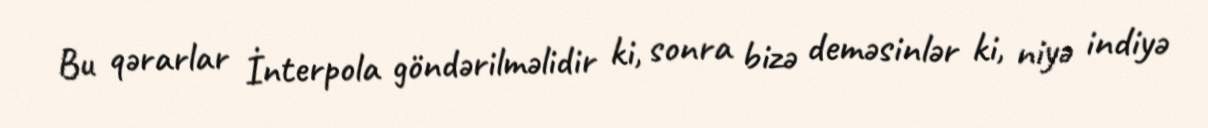
Bu qərarlar İnterpola göndərilməlidir ki, sonra bizə deməsinlər ki, niyə indiyə